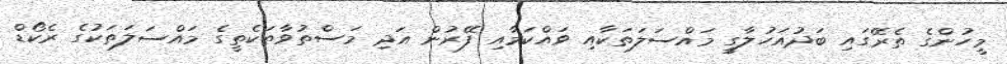
މީހުންގެ ތެރޭގައި ބަދުއަހުލާގީ މައްސަލަތަކާއި ވައްކަމާއި ފޭރުން އަދި މަސްތުވާތަކެތީގެ މައްސަލަތަކުގެ ރެކޯޑް